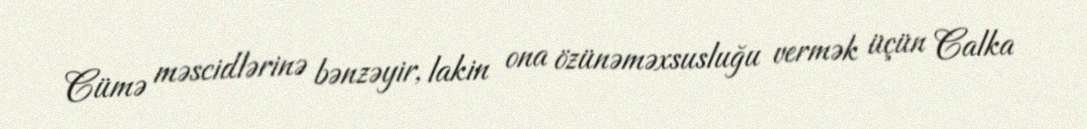
Cümə məscidlərinə bənzəyir, lakin ona özünəməxsusluğu vermək üçün Calka